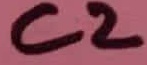
Text: C2